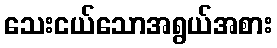
သေးငယ်သောအရွယ်အစား